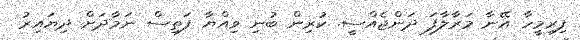
ފިރިމީހާ އޭނާ މަރާލާފަ ދަންޖެއްސީ. ކުރިން ބުނި ވިއްޔާ ފަތިސް ނަމާދަށް ދިޔައިރު